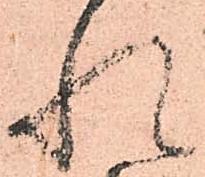
れ